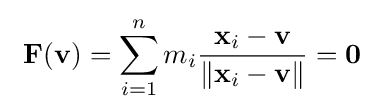
\ \mathbf {F} (\mathbf {v} )=\sum _{i=1}^{n}m_{i}{\frac {\mathbf {x} _{i}-\mathbf {v} }{\|\mathbf {x} _{i}-\mathbf {v} \|}}=\mathbf {0}